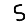
Digit: 5